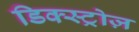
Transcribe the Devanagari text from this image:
डिक्स्ट्रोज़